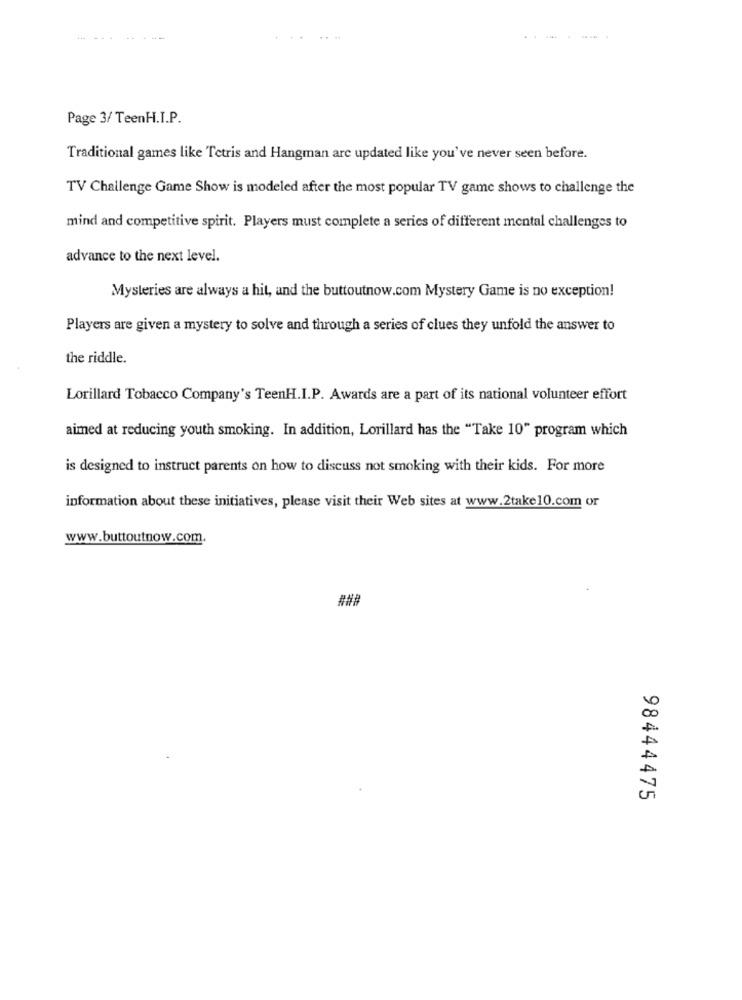
--
Page 3/ TeenH.I.P.
Traditional games like Tetris and Hangman are updated like you've never seen before.
TV Challenge Game Show is modeled after the most popular TV game shows to challenge the
mind and competitive spirit. Players must complete a series of different mental challenges to
advance to the next level.
Mysteries are always a hit, and the buttoutnow.com Mystery Game is no exception!
Players are given a mystery to solve and through a series of clues they unfold the answer to
the riddle.
Lorillard Tobacco Company's TeenH.I.P. Awards are a part of its national volunteer effort
aimed at reducing youth smoking. In addition, Lorillard has the "Take 10" program which
is designed to instruct parents on how to discuss not smoking with their kids. For more
information about these initiatives, please visit their Web sites at www.2take10.com or
www.buttoutnow.com.
###
98444475